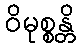
ဝိမုစ္စန္တိ